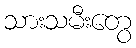
သားသမီးတွေ